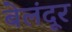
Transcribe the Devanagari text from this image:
बेलंदूर